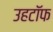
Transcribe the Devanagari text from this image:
उहटॉफ